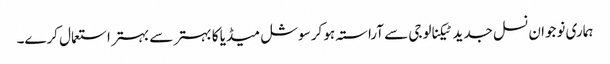
ہماری نوجوان نسل جدید ٹیکنالوجی سے آراستہ ہو کر سوشل میڈیا کا بہتر سے بہتر استعمال کرے۔